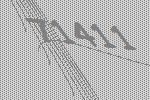
71411